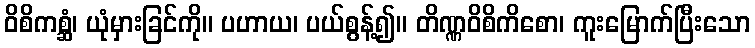
ဝိစိကစ္ဆံ၊ ယုံမှားခြင်ကို။ ပဟာယ၊ ပယ်စွန့်၍။ တိဏ္ဏဝိစိကိစော၊ ကူးမြောက်ပြီးသော